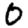
Digit: 0